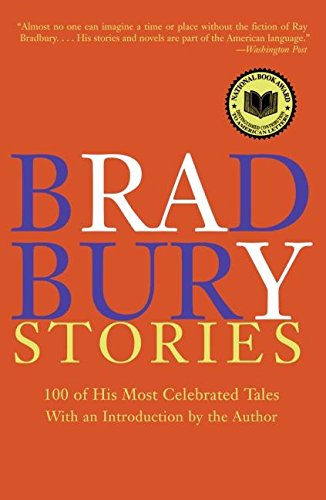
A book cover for Bradbury Stories: 100 of His Most Celebrated Tales; Ray Bradbury; Literature & Fiction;